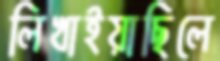
লিখাইয়াছিলে